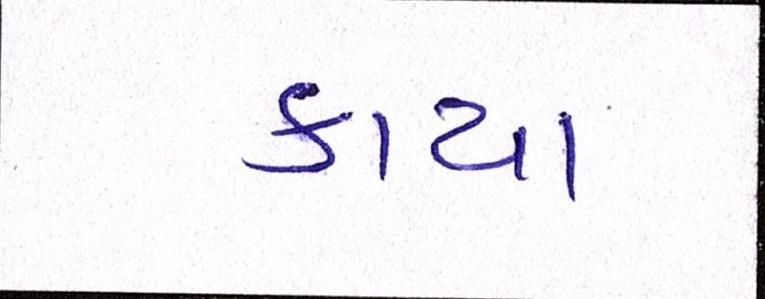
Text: કાચા